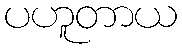
ပဟူတာယ